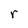
Character: r